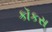
કૉકસ